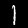
Label: 1